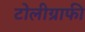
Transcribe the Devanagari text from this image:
टोलीग्राफी